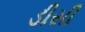
ડીસી